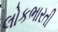
લોકભારતી